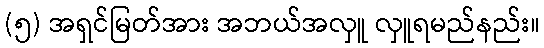
(၅) အရှင်မြတ်အား အဘယ်အလှူ လှူရမည်နည်း။